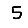
Digit: 5